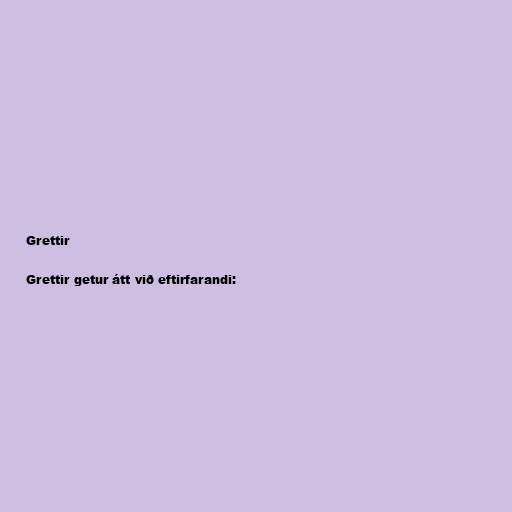
Grettir

Grettir getur átt við eftirfarandi: